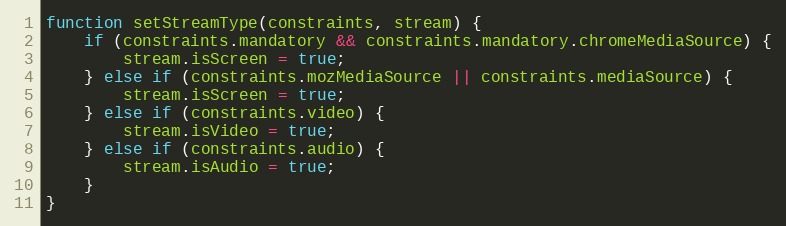
Language: JavaScript
function setStreamType(constraints, stream) {
    if (constraints.mandatory && constraints.mandatory.chromeMediaSource) {
        stream.isScreen = true;
    } else if (constraints.mozMediaSource || constraints.mediaSource) {
        stream.isScreen = true;
    } else if (constraints.video) {
        stream.isVideo = true;
    } else if (constraints.audio) {
        stream.isAudio = true;
    }
}